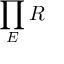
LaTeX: \prod _ { E } R